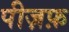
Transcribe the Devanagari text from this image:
पीज़फ़